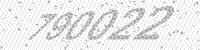
Solution: 790022